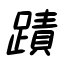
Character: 蹟